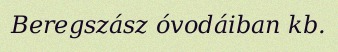
Beregszász óvodáiban kb.